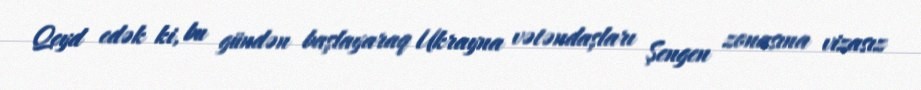
Qeyd edək ki, bu gündən başlayaraq Ukrayna vətəndaşları Şengen zonasına vizasız